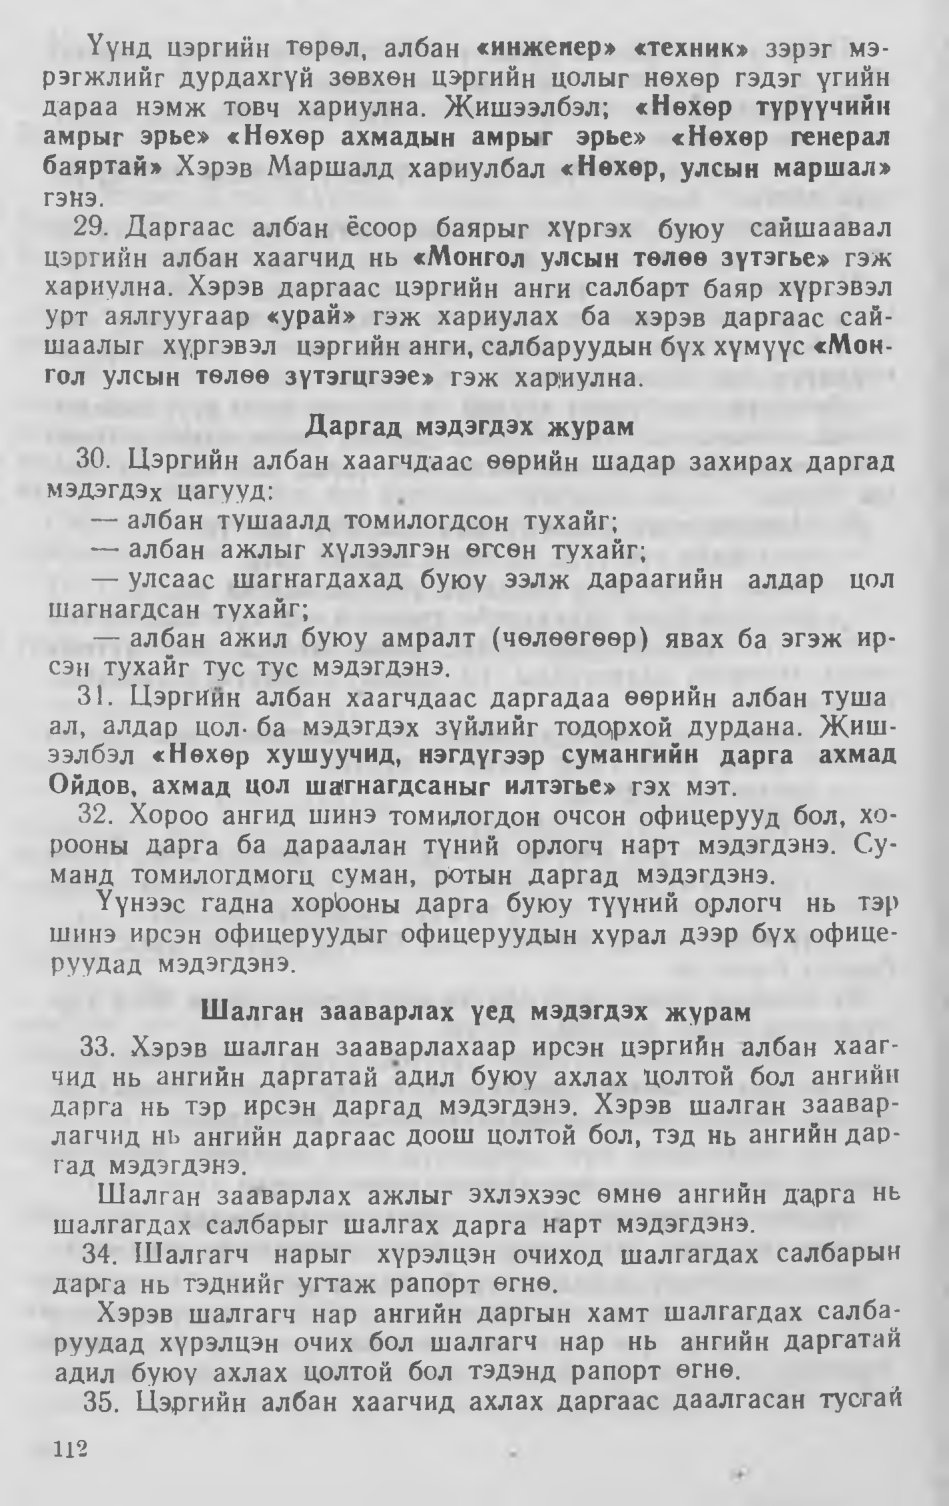
Language: mn